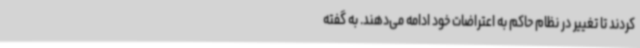
کردند تا تغییر در نظام حاکم به اعتراضات خود ادامه می‌دهند. به گفته